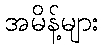
အမိန့်များ